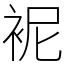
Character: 䘦